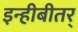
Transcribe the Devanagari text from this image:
इन्हीबीतर्